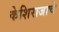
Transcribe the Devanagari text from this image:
केशिराजाचे